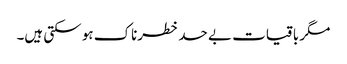
مگر باقیات بے حد خطرناک ہو سکتی ہیں۔